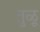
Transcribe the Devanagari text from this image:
तु़ळू